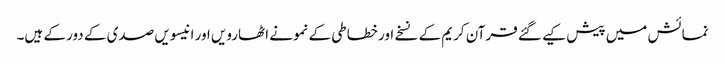
نمائش میں پیش کیے گئے قرآن کریم کے نسخے اور خطاطی کے نمونے اٹھارویں اور انیسویں صدی کے دور کے ہیں۔